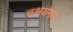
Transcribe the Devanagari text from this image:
दक्षयंगम